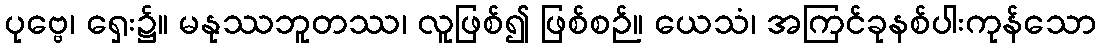
ပုဗ္ဗေ၊ ရှေး၌။ မနုဿဘူတဿ၊ လူဖြစ်၍ ဖြစ်စဉ်။ ယေသံ၊ အကြင်ခုနစ်ပါးကုန်သော